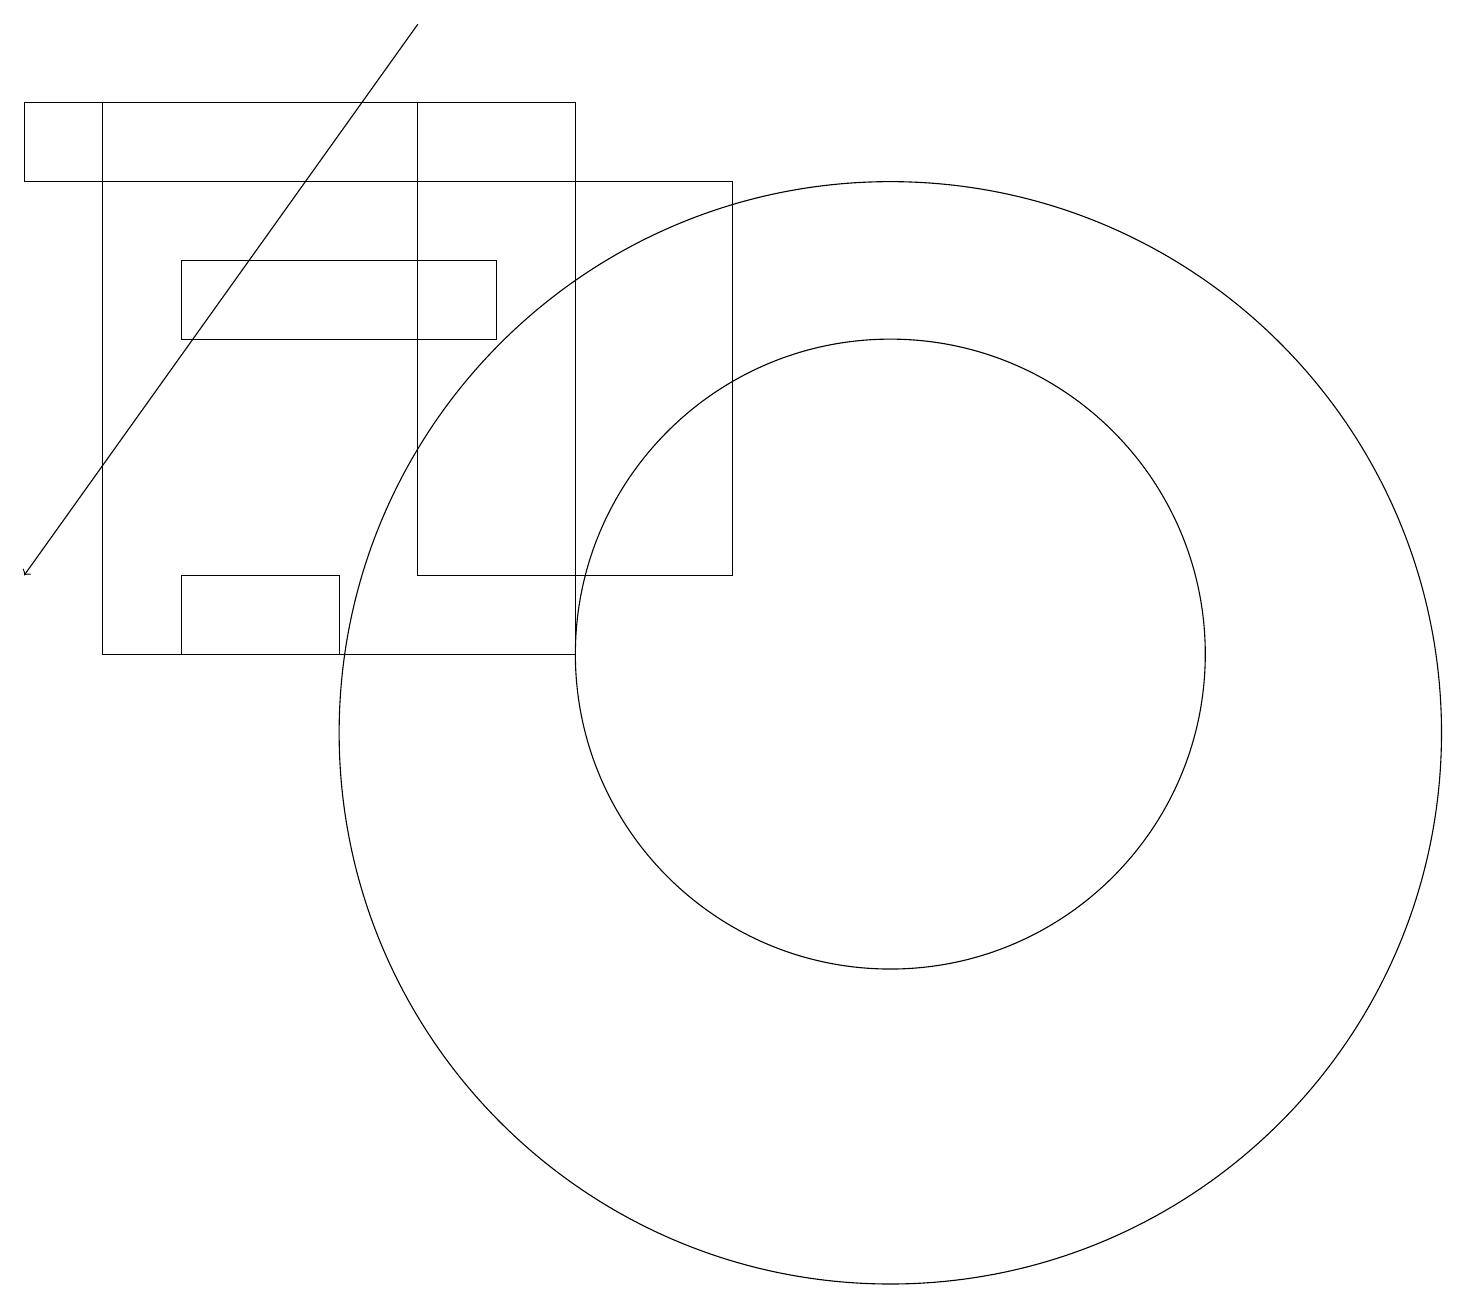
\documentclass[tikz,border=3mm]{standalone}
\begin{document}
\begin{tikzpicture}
\draw (4,12) rectangle (2,11);
\draw[->] (5,19) -- (0,12);
\draw (11,11) circle (4);
\draw (5,17) rectangle (9,12);
\draw (5,18) rectangle (0,17);
\draw (11,10) circle (7);
\draw (2,15) rectangle (6,16);
\draw (1,11) rectangle (7,18);
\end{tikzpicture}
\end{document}